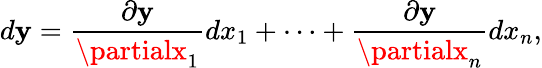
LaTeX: d\mathbf{y}={\frac{{\partial\mathbf{y}}}{{\partialx_{1}}}}dx_{1}+\cdots+{\frac{{\partial\mathbf{y}}}{{\partialx_{n}}}}dx_{n},